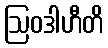
ဩဝဒါဟီတိ